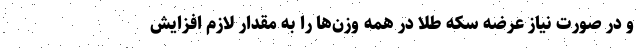
و در صورت نیاز عرضه سکه طلا در همه وزن‌ها را به مقدار لازم افزایش